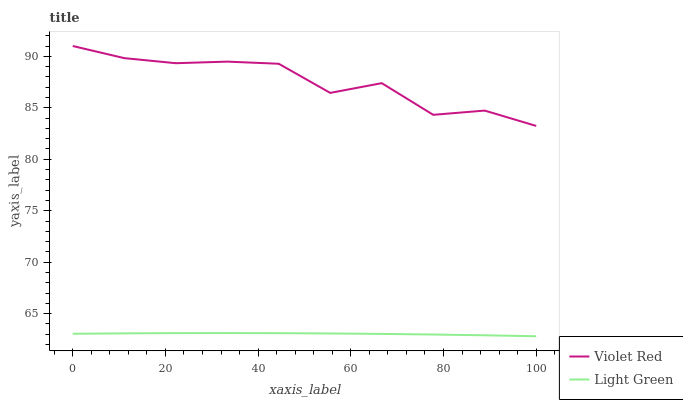
| xaxis_label | Violet Red | Light Green |
 | --- | --- | --- |
 | 0 | 91 | 63 |
 | 11.1 | 89.8 | 63.1 |
 | 22.2 | 89.3 | 63.1 |
 | 33.3 | 89.5 | 63.1 |
 | 44.4 | 89.3 | 63.1 |
 | 55.6 | 86.4 | 63.1 |
 | 66.7 | 87.4 | 63 |
 | 77.8 | 84.3 | 63 |
 | 88.9 | 84.7 | 62.9 |
 | 100 | 83.2 | 62.8 |